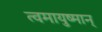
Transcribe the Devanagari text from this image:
त्वमायुष्मान्